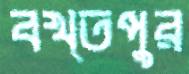
বখ্তপুর